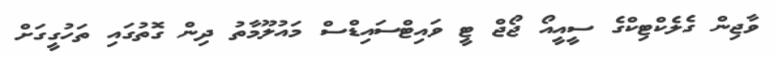
ވާޖިން ގެލެކްޓިކްގެ ސީއީއޯ ޖޯޖް ޓީ ވައިޓްސައިޑްސް މައުލޫމާތު ދިން ގޮތުގައި ތަހުގީގަށް